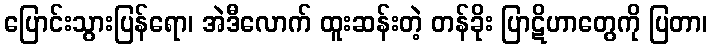
ပြောင်းသွားပြန်ရော၊ အဲဒီလောက် ထူးဆန်းတဲ့ တန်ခိုး ပြာဋိဟာတွေကို ပြတာ၊